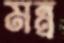
মন্ত্র